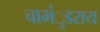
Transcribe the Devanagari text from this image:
चामंुडराय